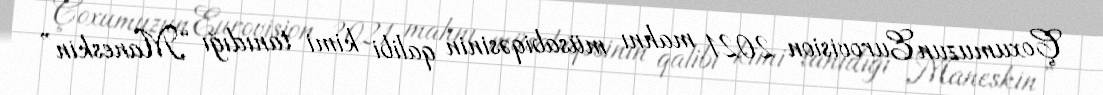
Çoxumuzun Eurovision 2021 mahnı müsabiqəsinin qalibi kimi tanıdığı “Maneskin”